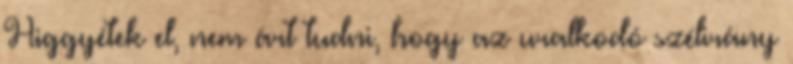
Higgyétek el, nem árt tudni, hogy az uralkodó szélirány